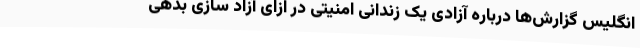
انگلیس گزارش‌ها درباره آزادی یک زندانی امنیتی در ازای آزاد سازی بدهی